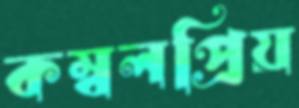
কম্বলপ্রিয়